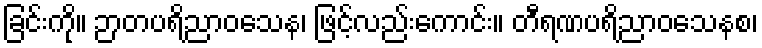
ခြင်းကို။ ဉာတပရိညာဝသေန၊ ဖြင့်လည်းကောင်း။ တီရဏပရိညာဝသေနစ၊